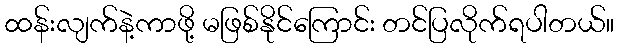
ထန်းလျက်နဲ့ကာဖို့ မဖြစ်နိုင်ကြောင်း တင်ပြလိုက်ရပါတယ်။